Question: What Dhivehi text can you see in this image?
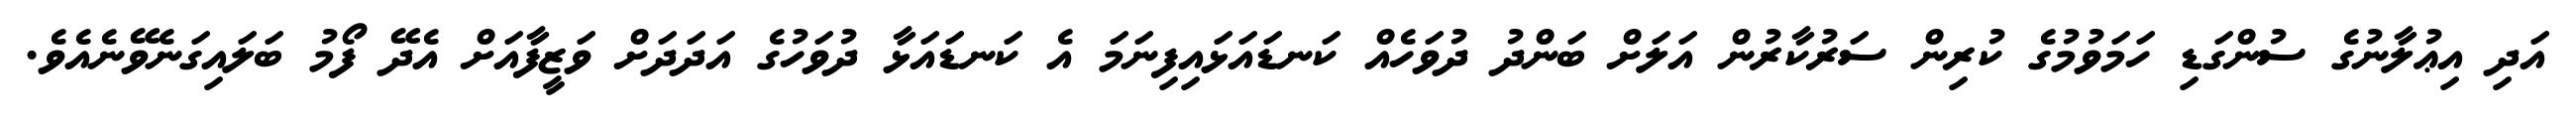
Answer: އަދި އިޢުލާނުގެ ސުންގަޑި ހަމަވުމުގެ ކުރިން ސަރުކާރުން އަލަށް ބަންދު ދުވަހެއް ކަނޑައަޅައިފިނަމަ އެ ކަނޑައަޅާ ދުވަހުގެ އަދަދަށް ވަޒީފާއަށް އެދޭ ފޯމު ބަލައިގަނެވޭނެއެވެ.